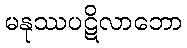
မနုဿပဋိလာဘော